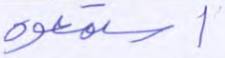
استمعوه